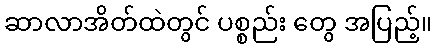
ဆာလာအိတ်ထဲတွင် ပစ္စည်း တွေ အပြည့်။